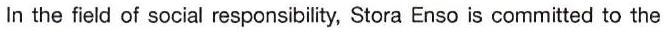
In the field of social responsibility, Stora Enso is committed to the